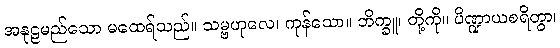
အနုဠမည်သော မထေရ်သည်။ သမ္ဗဟုလေ၊ ကုန်သော။ ဘိက္ခူ၊ တို့ကို။ ပိဏ္ဍာယစရိတွာ၊